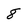
Character: 8